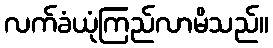
လက်ခံယုံကြည်လာမိသည်။